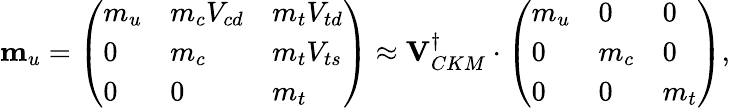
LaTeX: {\mathbf m_{u}}=\left(\begin{array}{lll}{{m_{u}}}&{{m_{c}V_{cd}}}&{{m_{t}V_{td}}}\\ {{0}}&{{m_{c}}}&{{m_{t}V_{ts}}}\\ {{0}}&{{0}}&{{m_{t}}}\end{array}\right)\approx{\mathbf V_{CKM}^{\dagger}}\cdot\left(\begin{array}{lll}{{m_{u}}}&{{0}}&{{0}}\\ {{0}}&{{m_{c}}}&{{0}}\\ {{0}}&{{0}}&{{m_{t}}}\end{array}\right),